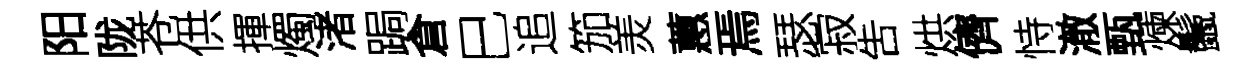
阳陇苍供揮燭渚跼倉巳追笳羙蕙焉瑟寂吿烘儕恃澈甄煉鬛